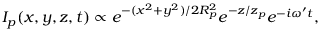
I _ { p } ( x , y , z , t ) \propto e ^ { - ( x ^ { 2 } + y ^ { 2 } ) / { 2 R _ { p } ^ { 2 } } } e ^ { - z / z _ { p } } e ^ { - i \omega ^ { \prime } t } ,